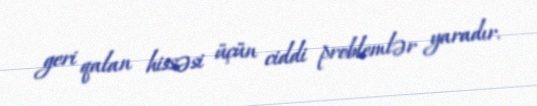
geri qalan hissəsi üçün ciddi problemlər yaradır.